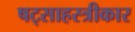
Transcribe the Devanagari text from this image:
षट्साहस्त्रीकार